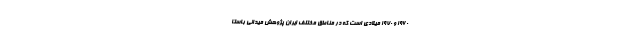
۱۹۶۰ و ۱۹۷۰ میلادی است که در مناطق مختلف ایران پژوهش میدانی باستا